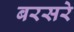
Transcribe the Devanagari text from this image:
बरसरे